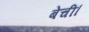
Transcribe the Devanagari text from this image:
बेचीं।